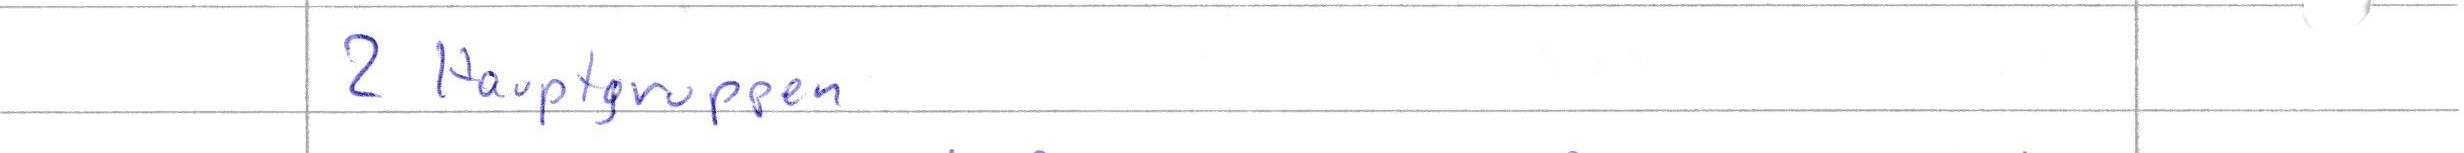
2 Hauptgruppen